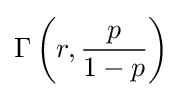
\operatorname {\Gamma } \left(r,{\frac {p}{1-p}}\right)